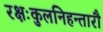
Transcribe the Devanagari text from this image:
रक्षःकुलनिहन्तारौ